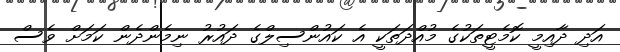
އަދި ދާއިމީ ކޮމެޓީތަކުގެ މުއްދަތަކީ އެ ކައުންސިލްގެ ދައުރު ނިމެންދެން ކަމަށް ވެސް